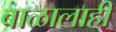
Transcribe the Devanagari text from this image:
बाळालाही